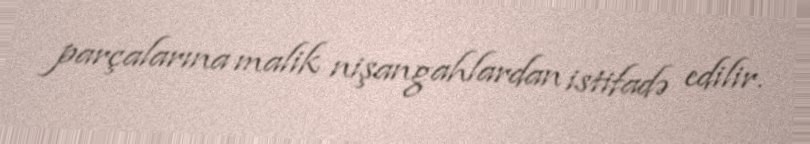
parçalarına malik nişangahlardan istifadə edilir.